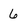
Character: 6